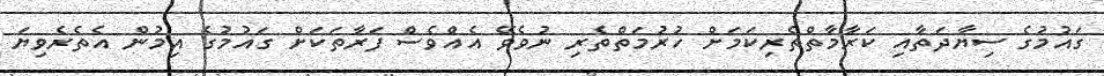
ގައުމުގެ ސިޔާދަތާއި ކަރާމާތްތެރިކަމަށް ހުރުމަތްތެރި ނުވެވޭ އެއްވެސް ފަރާތަކަށް ގައުމުގެ އިމުން އެތެރެވިޔަ